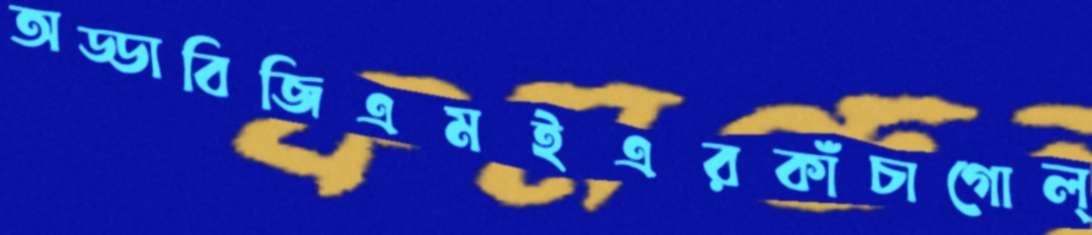
অড্ডাবিজিএমইএরকাঁচাগোল্